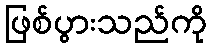
ဖြစ်ပွားသည်ကို